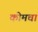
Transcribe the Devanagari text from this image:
कोमचा